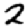
Digit: 2